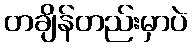
တချိန်တည်းမှာပဲ